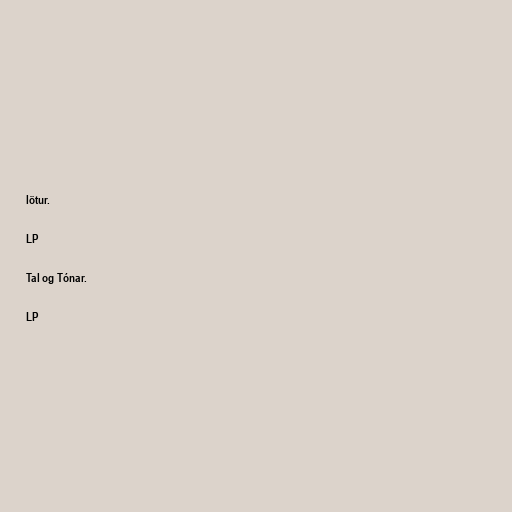
lötur.

LP

Tal og Tónar.

LP